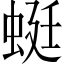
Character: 蜓